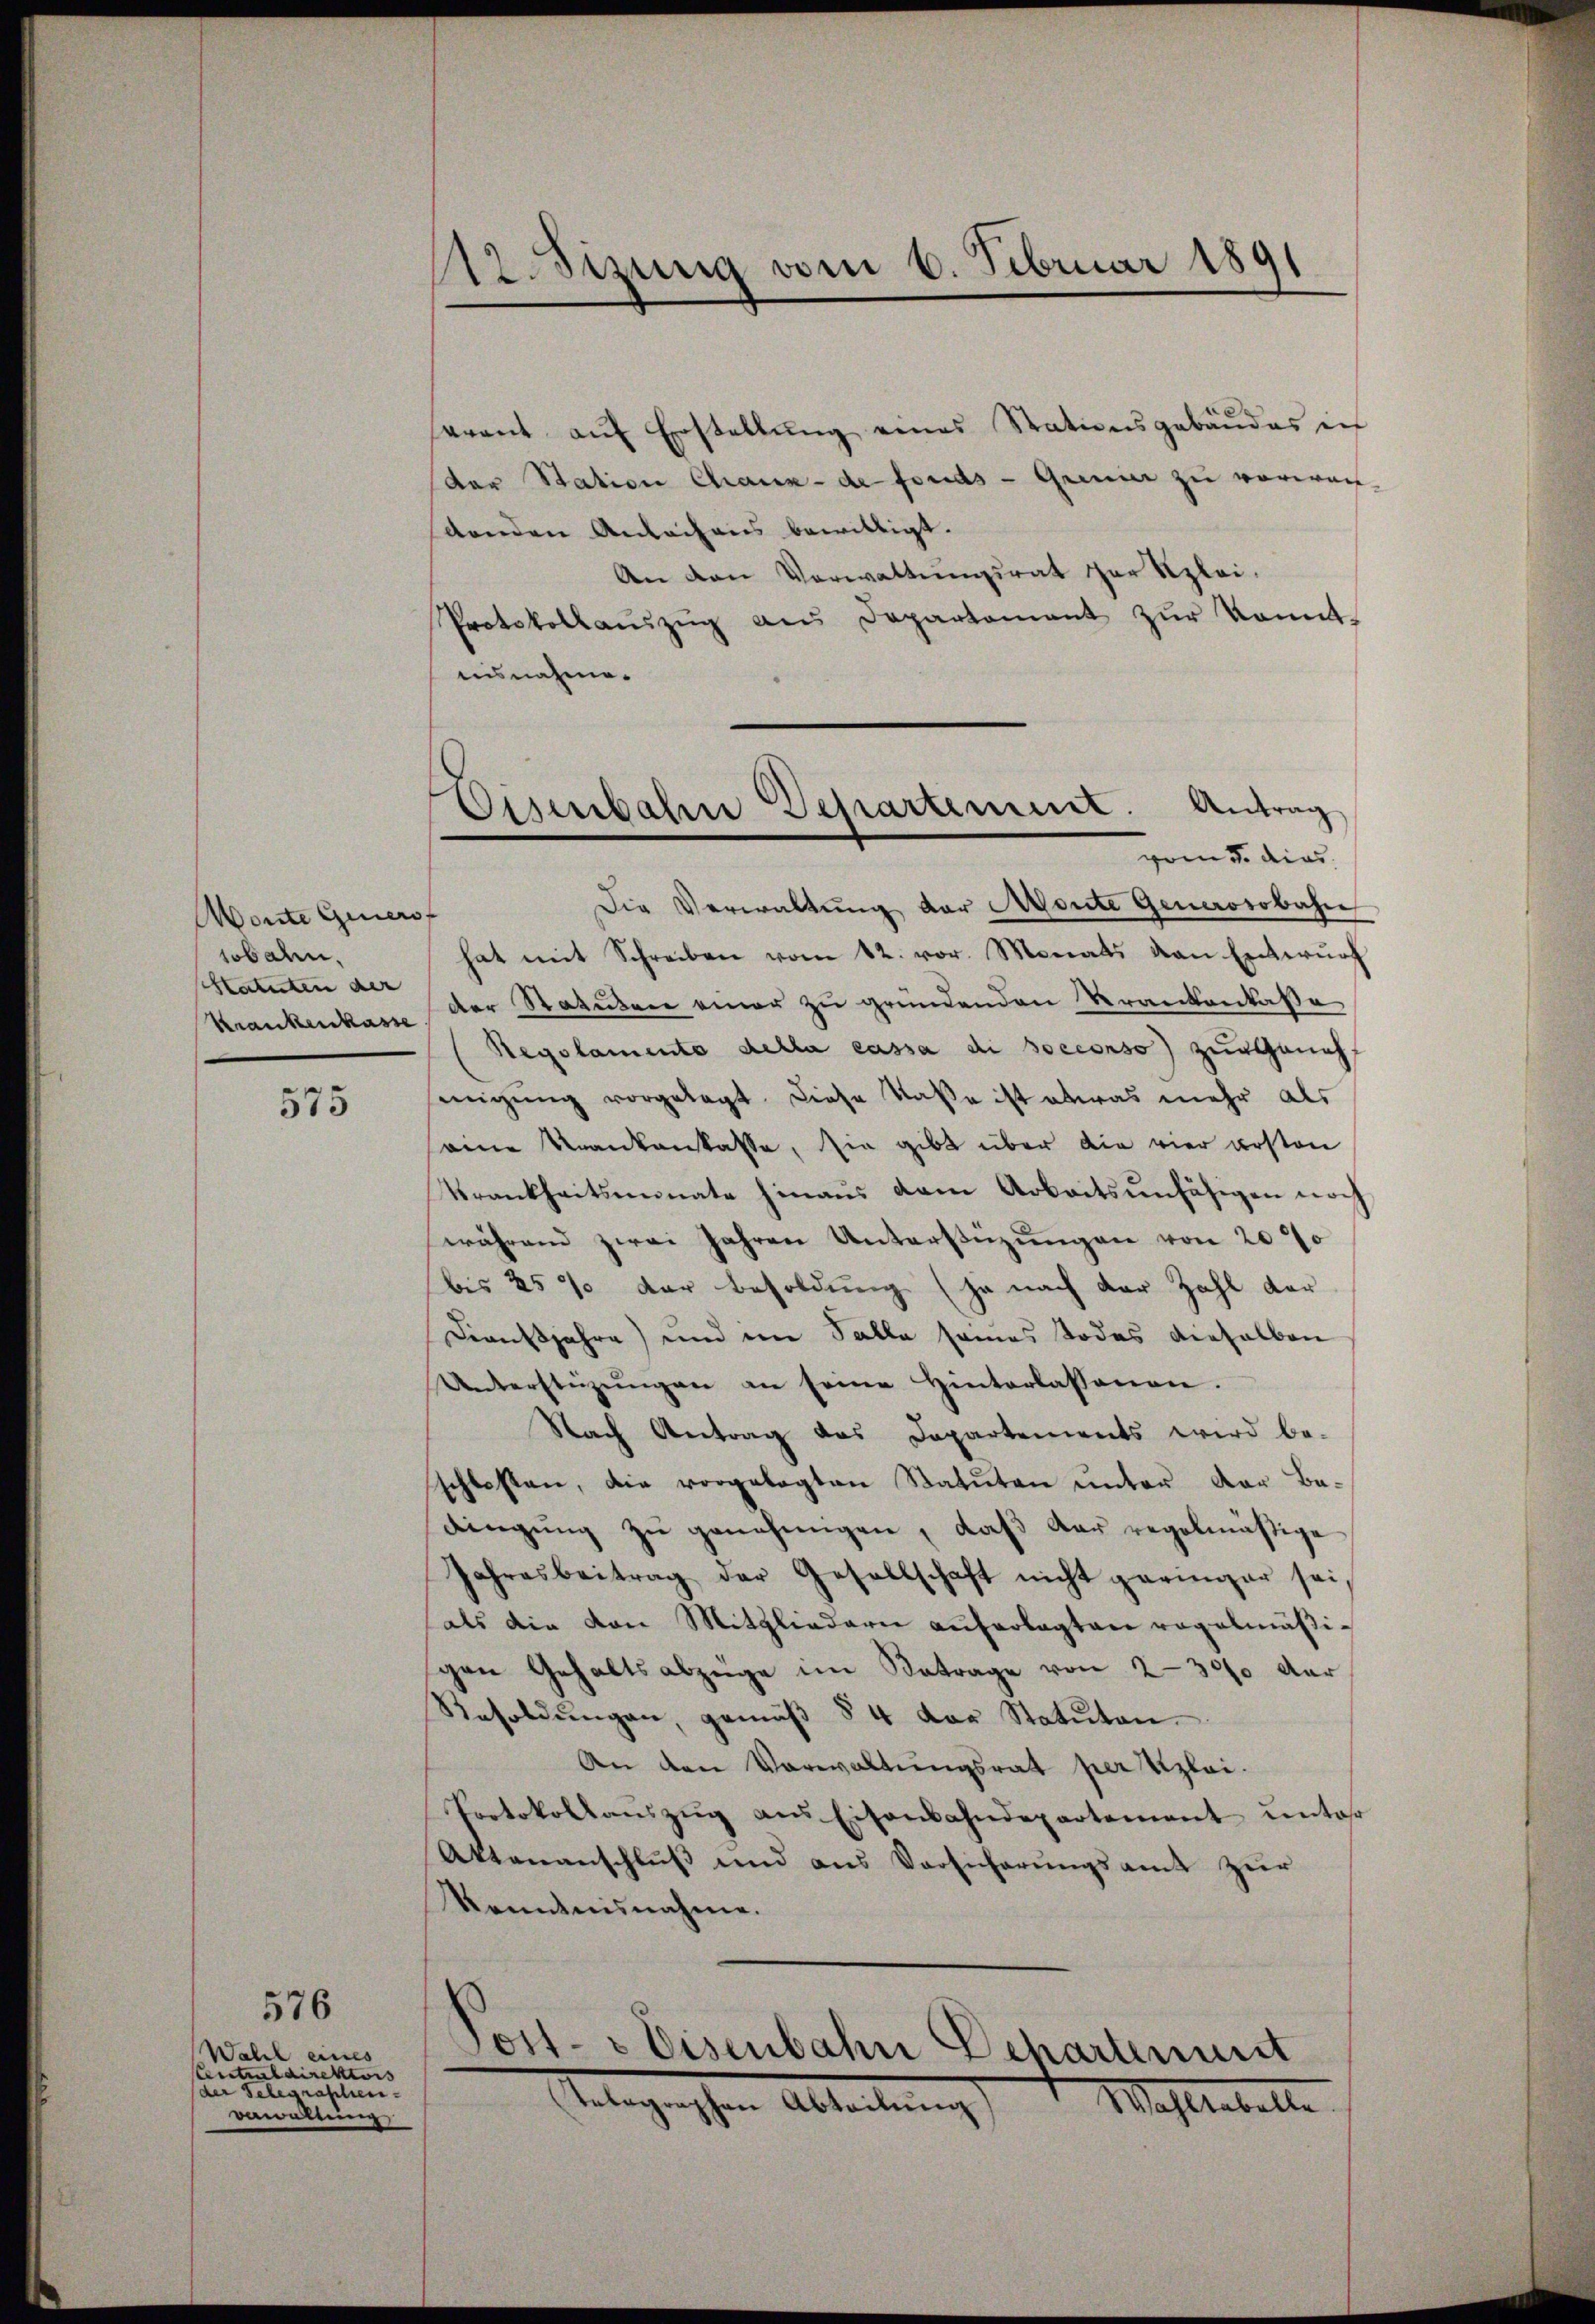
Wonte Genersf
sobalen.
Katuten der
Krankenkasse

575

Wahl eines
Centraldirektors
der Schegraphen-
vewaltung

576

.Sizung vom 6. Februar 1891

sarant aŭf Erstellŭng eines Stationsgebäŭdes in
der Station Chaux-de fonds - Grinner zu verwach-
denden Anbachens bewilligt.
An den Verwaltungsrat der Klei¬
Protokollaŭszŭg aŭs Departamant zŭr konnt-
uisnahme.
porn u. dies
Die Verwaltŭng der Monte Generosobahn
hat mit Schreiben vom 12. vor. Monats von Entwŭrf
der Statuten einer zu gründenden Krankenkasse
Regolamente della cassa di socconso) zur Geneh
migung vorgelegt. Diese Maße ist etwas mehr als
eine Krankenkasse, sie gibt über die vier ersten
Krankheitsmonate hinaŭs dem Arbeitsunfähigen noch
während zwei Jahren Unterstüzungen von 20%
bis 25% der Besoldung (ja nach der Zahl der
Dienstjahre) und ein Salle seines Todes dieselben
Unterstüzŭngen an seine Hinterlassenen.
Nach Antrag des Departements wird be-
schlossen, die vorgelegten Statuten unter der Bedingung zu genehmigen, daß der regelmäßige
Jahresbeitrag der Gesellschaft nicht geringer sei,
als die von Mitgliedern auferlegten regelmäßigen Gehaltsabzüge im Betrage von 2300 der
Resoldŭngen, gemäβ § 4 der Statuten.
An den Vorwaltungsrat per Klei¬
Portokollaŭszŭg ans Eisenbahndepartement unter
Aktenanschlŭβ und aus Vorsicherŭngsamt zŭr
Kenntnisnahme.
Post- & Eisenbahn Departenunt
Telegraphen Abteilung
Mahlwebelle

Eisenbahn Departement. Antrag